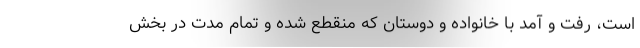
است، رفت و آمد با خانواده و دوستان که منقطع شده و تمام مدت در بخش